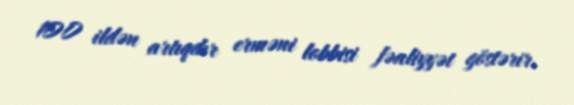
100 ildən artıqdır erməni lobbisi fəaliyyət göstərir.